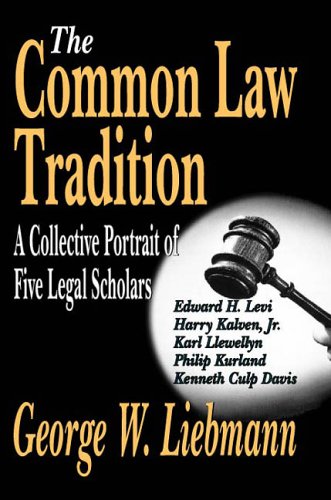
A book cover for The Common Law Tradition: A Collective Portrait of Five Legal Scholars; George W. Liebmann; Law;